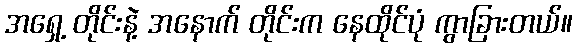
အရှေ့ တိုင်းနဲ့ အနောက် တိုင်းက နေထိုင်ပုံ ကွာခြားတယ်။